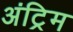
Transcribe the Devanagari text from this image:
अंट्रिम